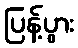
ပြန့်ပွား